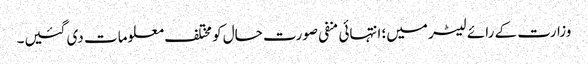
وزارت کے رائے لیٹر میں؛ انتہائی منفی صورت حال کو مختلف معلومات دی گئیں۔